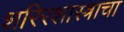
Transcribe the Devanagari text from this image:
शरिरशास्त्राचा